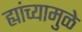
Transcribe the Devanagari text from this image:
ह्यांच्यामुळे